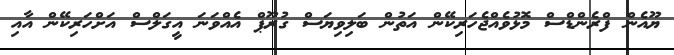
ޔޫއެން ފްރެންޑްސް މޮޅުވެއްޖެހަރިކޭން އަތުން ބަލިވިޔަސް ގުރޫޕް އެއްވަނަ އީގަލްސް އަށްހަރިކޭން އާއި